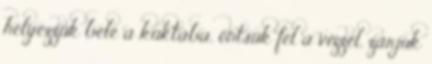
helyezzük bele a kuktába, öntsük fel a vízzel, zárjuk